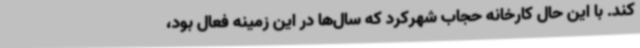
کند. با این حال کارخانه حجاب شهرکرد که سال‌ها در این زمینه فعال بود،